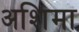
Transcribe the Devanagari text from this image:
अशिमा